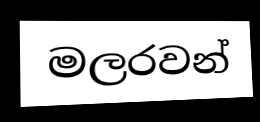
මලරවන්